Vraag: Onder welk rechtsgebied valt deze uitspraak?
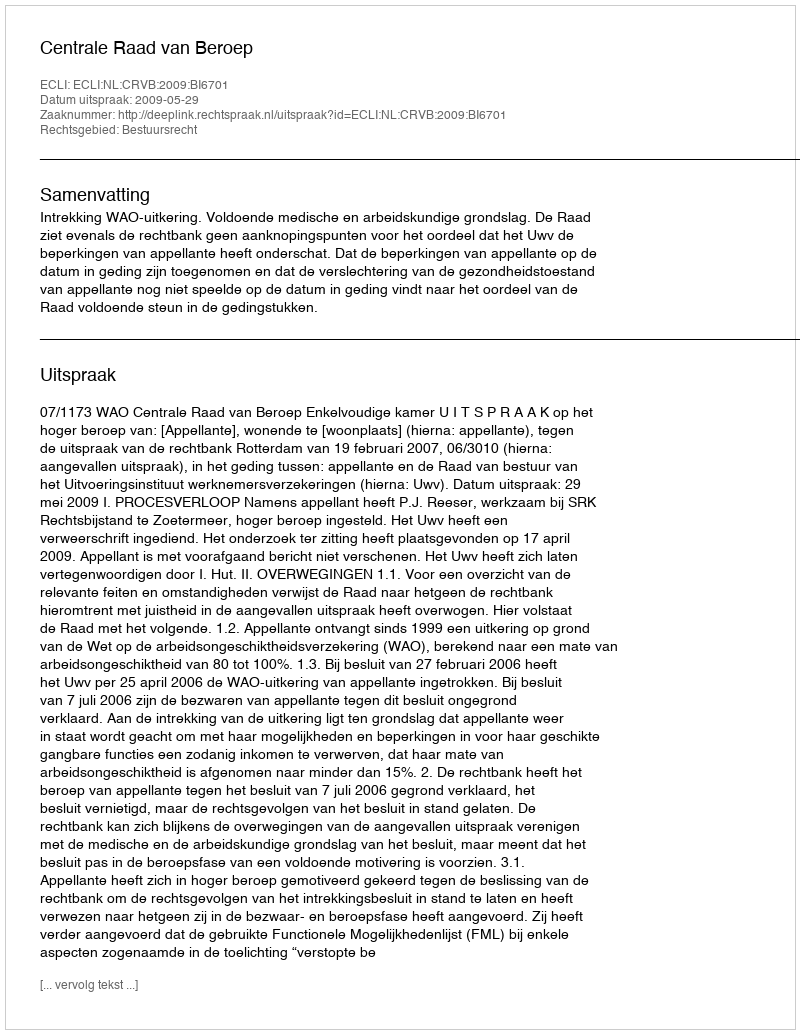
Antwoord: Bestuursrecht